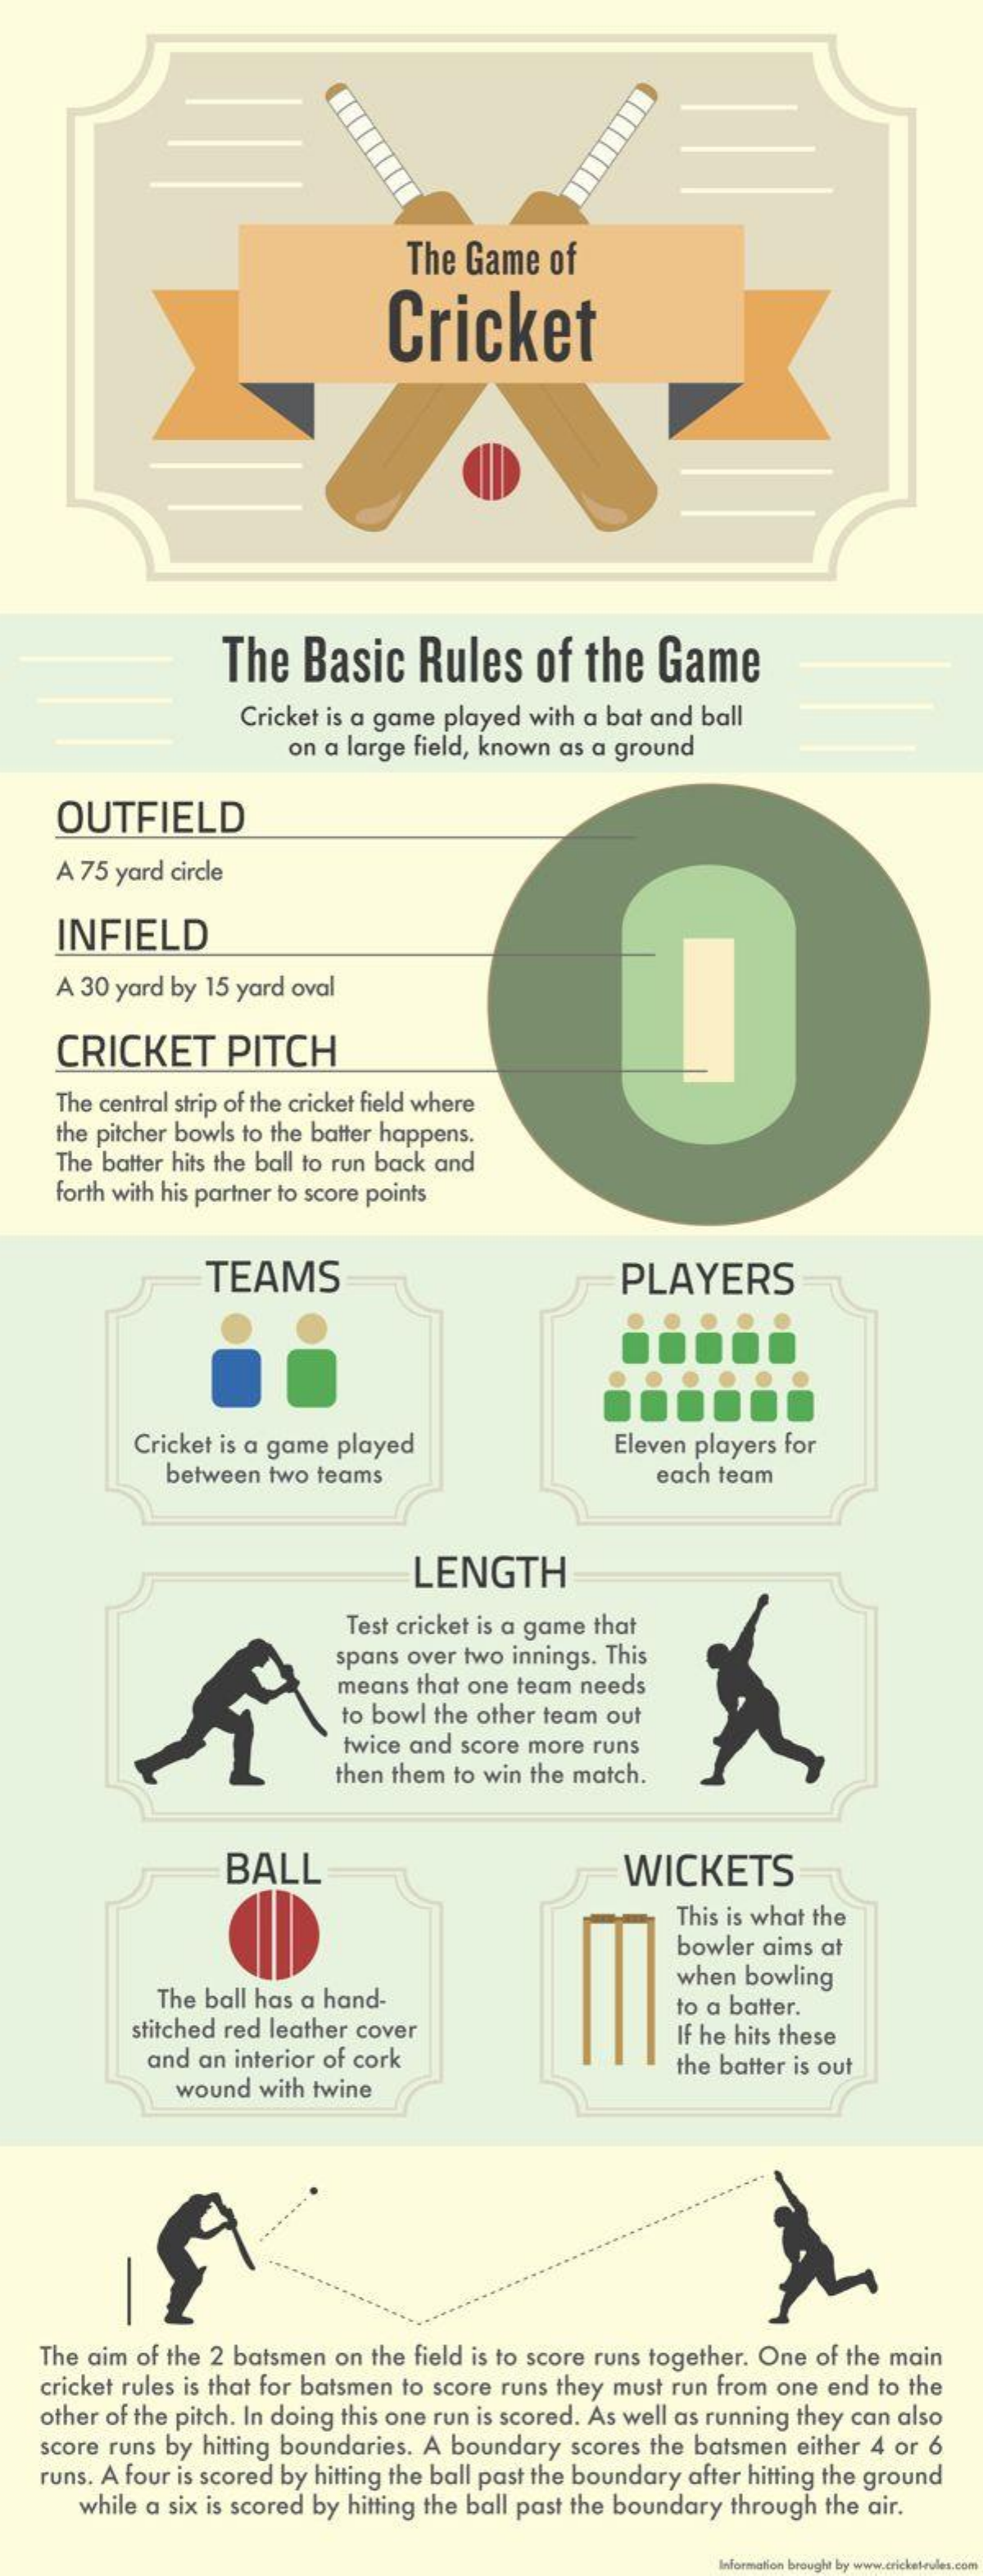
The Game  of
     Cricket
     The   Basic    Rules    of  the   Game
     Cricket is a game played with a bat and ball
     on a large field, known as a ground
     OUTFIELD
     A 75 yard circle
    INFIELD
     A 30 yard by 15 yard oval
     CRICKET    PITCH
     The central strip of the cricket field where
     the pitcher bowls to the batter happens.
     The batter hits the ball to run back and
     forth with his partner to score points
     TEAMS    PLAYERS
     Cricket is a game played    Eleven players for
     between two teams    each team
     LENGTH
     Test cricket is a game that
     spans over two innings. This
     means that one team needs
     to bowl the other team out
     twice and score more runs
     then them to win the match.
     BALL    WICKETS
     This is what the
     bowler aims at
     The ball has a hand-
     when bowling
     stitched red leather cover
     to a batter.
     and an interior of cork
     If he hits these
     wound with twine
     the batter is out
    The aim of the 2 batsmen on the field is to score runs together. One of the main
    cricket rules is that for batsmen to score runs they must run from one end to the
    other of the pitch. In doing this one run is scored. As well as running they can also
    score runs by hitting boundaries. A boundary scores the batsmen either 4 or 6
    runs. A four is scored by hitting the ball past the boundary after hitting the ground
     while a six is scored by hitting the ball past the boundary through the air.
     nation brought